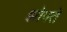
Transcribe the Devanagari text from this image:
झोपते